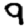
Digit: 9